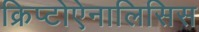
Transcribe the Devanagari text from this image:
क्रिप्टोऐनालिसिस